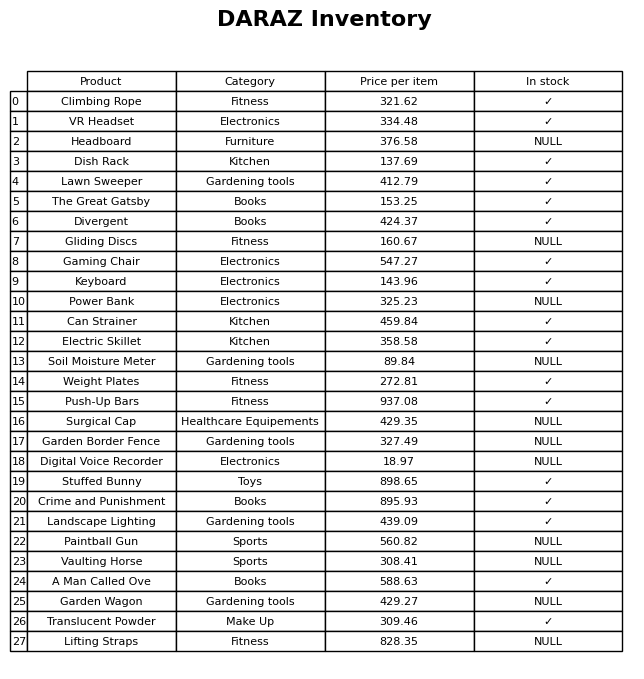
question: What category does the Keyboard belong to?
answer: Electronics